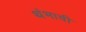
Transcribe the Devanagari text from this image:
थंभावी